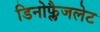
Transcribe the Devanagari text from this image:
डिनोफ्लैजलेट